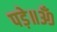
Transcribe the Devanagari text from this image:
पड़े॥ॐ